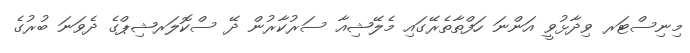
މިނިސްޓަރ ވިދާޅުވީ އަންނަ ހަފްތާތެރޭގައި މެލޭޝިއާ ސަރުކާރުން ދޭ ސްކޮލަރޝިޕްގެ ދެވަނަ ބުރުގެ